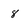
Character: 8